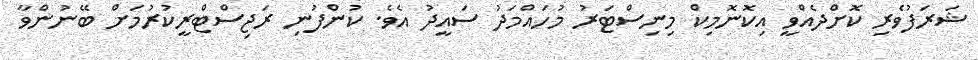
ޝަރަފުވެރި ކޮށްދެއްވީ އިކޮނޮމިކް މިނިސްޓަރު މުހައްމަދު ސައީދު އެވެ. ކުންފުނި ރަޖިސްޓްރީކުރުމަށް ބޭނުންވާ